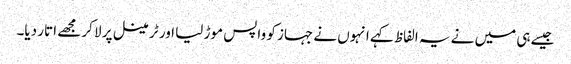
جیسے ہی میں نے یہ الفاظ کہے انہوں نے جہاز کو واپس موڑ لیا اور ٹرمینل پر لا کر مجھے اتار دیا۔